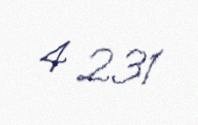
4 231